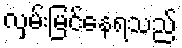
လှမ်းမြင်နေရသည်